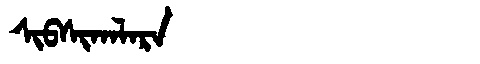
Manchu: ᠰᡳᠪᠰᡳᡴᠠᠯᠠᡵᠠ
Romanization: SIBSIKALARA